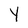
Character: Y